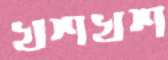
খশখশ